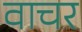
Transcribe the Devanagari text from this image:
वाचर